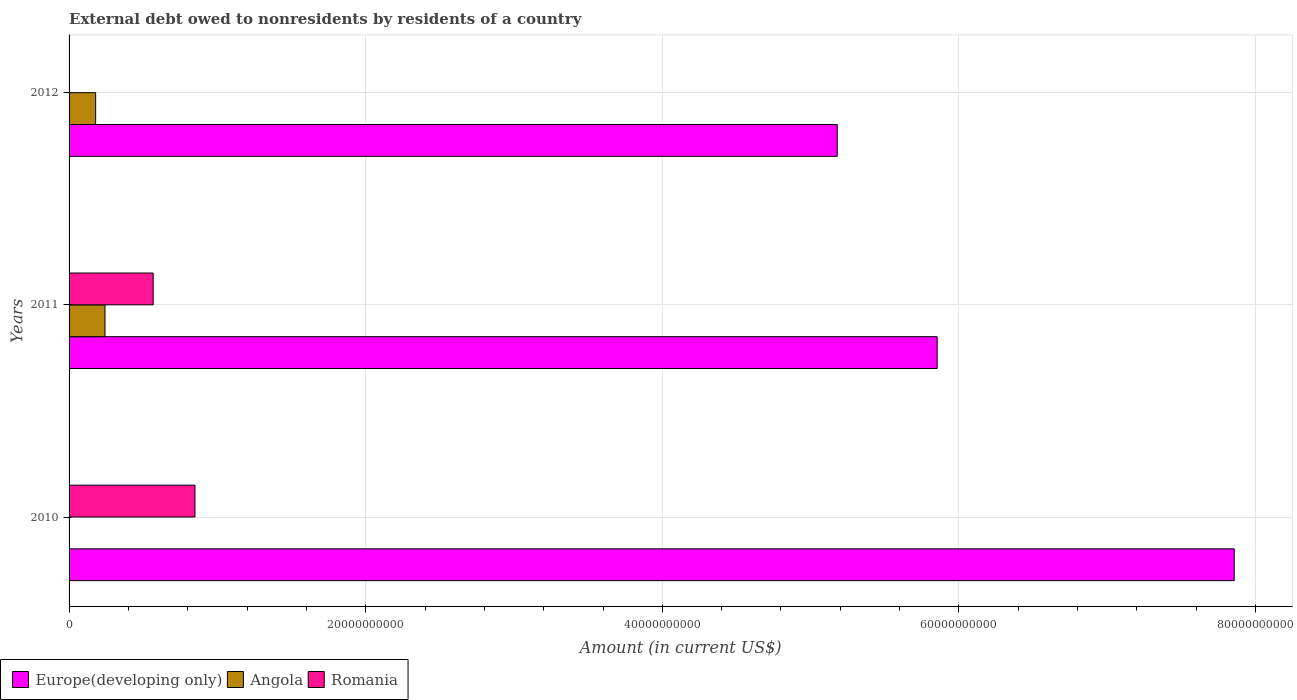
| Years | Europe(developing only) | Angola | Romania |
 | --- | --- | --- | --- |
 | 2010 | 7.86e+10 | -2.94e+07 | 8.49e+09 |
 | 2011 | 5.85e+10 | 2.42e+09 | 5.67e+09 |
 | 2012 | 5.18e+10 | 1.79e+09 | -2.14e+08 |